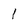
Character: 1